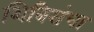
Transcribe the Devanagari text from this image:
शिबिरांचा